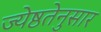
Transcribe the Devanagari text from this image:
ज्येष्ठतेनुसार